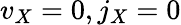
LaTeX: v_{X}=0,j_{X}=0